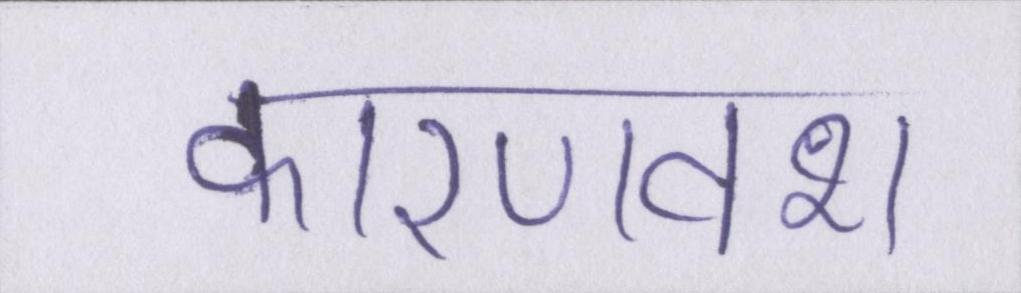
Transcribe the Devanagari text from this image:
कारणवश